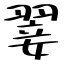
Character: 翣